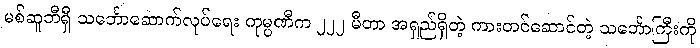
မစ်ဆူဘီရှီ သင်္ဘောဆောက်လုပ်ရေး ကုမ္ပဏီက ၂၂၂ မီတာ အရှည်ရှိတဲ့ ကားတင်ဆောင်တဲ့ သင်္ဘောကြီးကို